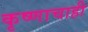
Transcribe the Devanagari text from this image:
कृष्णाचाही